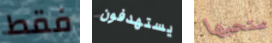
فقط يستهدفون ستحبها